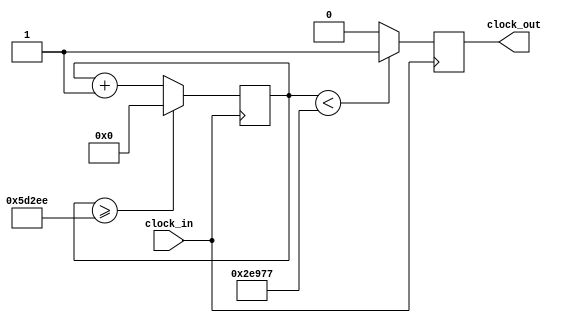
`timescale 1ns / 1ps
//////////////////////////////////////////////////////////////////////////////////
// Company: 
// Engineer: 
// 
// Design Name: 
// Module Name:    doo 
// Project Name: 
// Target Devices: 
// Tool versions: 
// Description: 
//
// Dependencies: 
//
// Revision: 
// Revision 0.01 - File Created
// Additional Comments: 
//
//////////////////////////////////////////////////////////////////////////////////
module doo (input clock_in, output reg clock_out);

reg [27:0]  counter = 28'd0;
parameter DIVISOR = 28'd381679;
always @(posedge clock_in)
begin
counter <= counter + 28'd1;
if (counter >=(DIVISOR-1))
counter <= 28'd0;
clock_out <= (counter<DIVISOR/2)?1'b1:1'b0;

end

endmodule